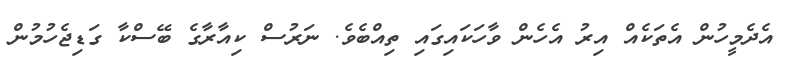
އެދެމީހުން އެތަކެއް އިރު އެހެން ވާހަކައިގައި ތިއްބެވެ. ނަރުސް ކިއާރާގެ ބޭސްކާ ގަޑިޖެހުމުން